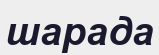
шарада